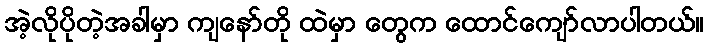
အဲ့လိုပိုတဲ့အခါမှာ ကျနော်တို ထဲမှာ တွေက ထောင်ကျော်လာပါတယ်။